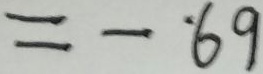
= - 6 9